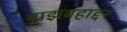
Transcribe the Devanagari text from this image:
बाझबहाद्दर